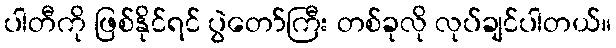
ပါတီကို ဖြစ်နိုင်ရင် ပွဲတော်ကြီး တစ်ခုလို လုပ်ချင်ပါတယ်။